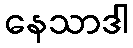
နေသာဒါ